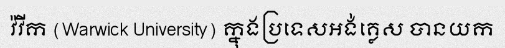
វ៉វីក (Warwick University) ក្នុងប្រទេសអង់គ្លេស បានយក